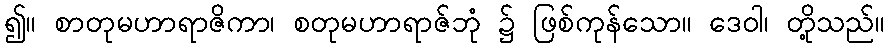
၍။ စာတုမဟာရာဇိကာ၊ စတုမဟာရာဇ်ဘုံ ၌ ဖြစ်ကုန်သော။ ဒေဝါ၊ တို့သည်။